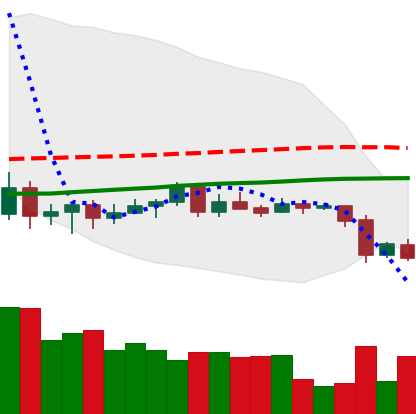
Ticker: LTC-USD
Chart end date: 2020-09-23
Forward return: 5.337%
Label: up_5_7